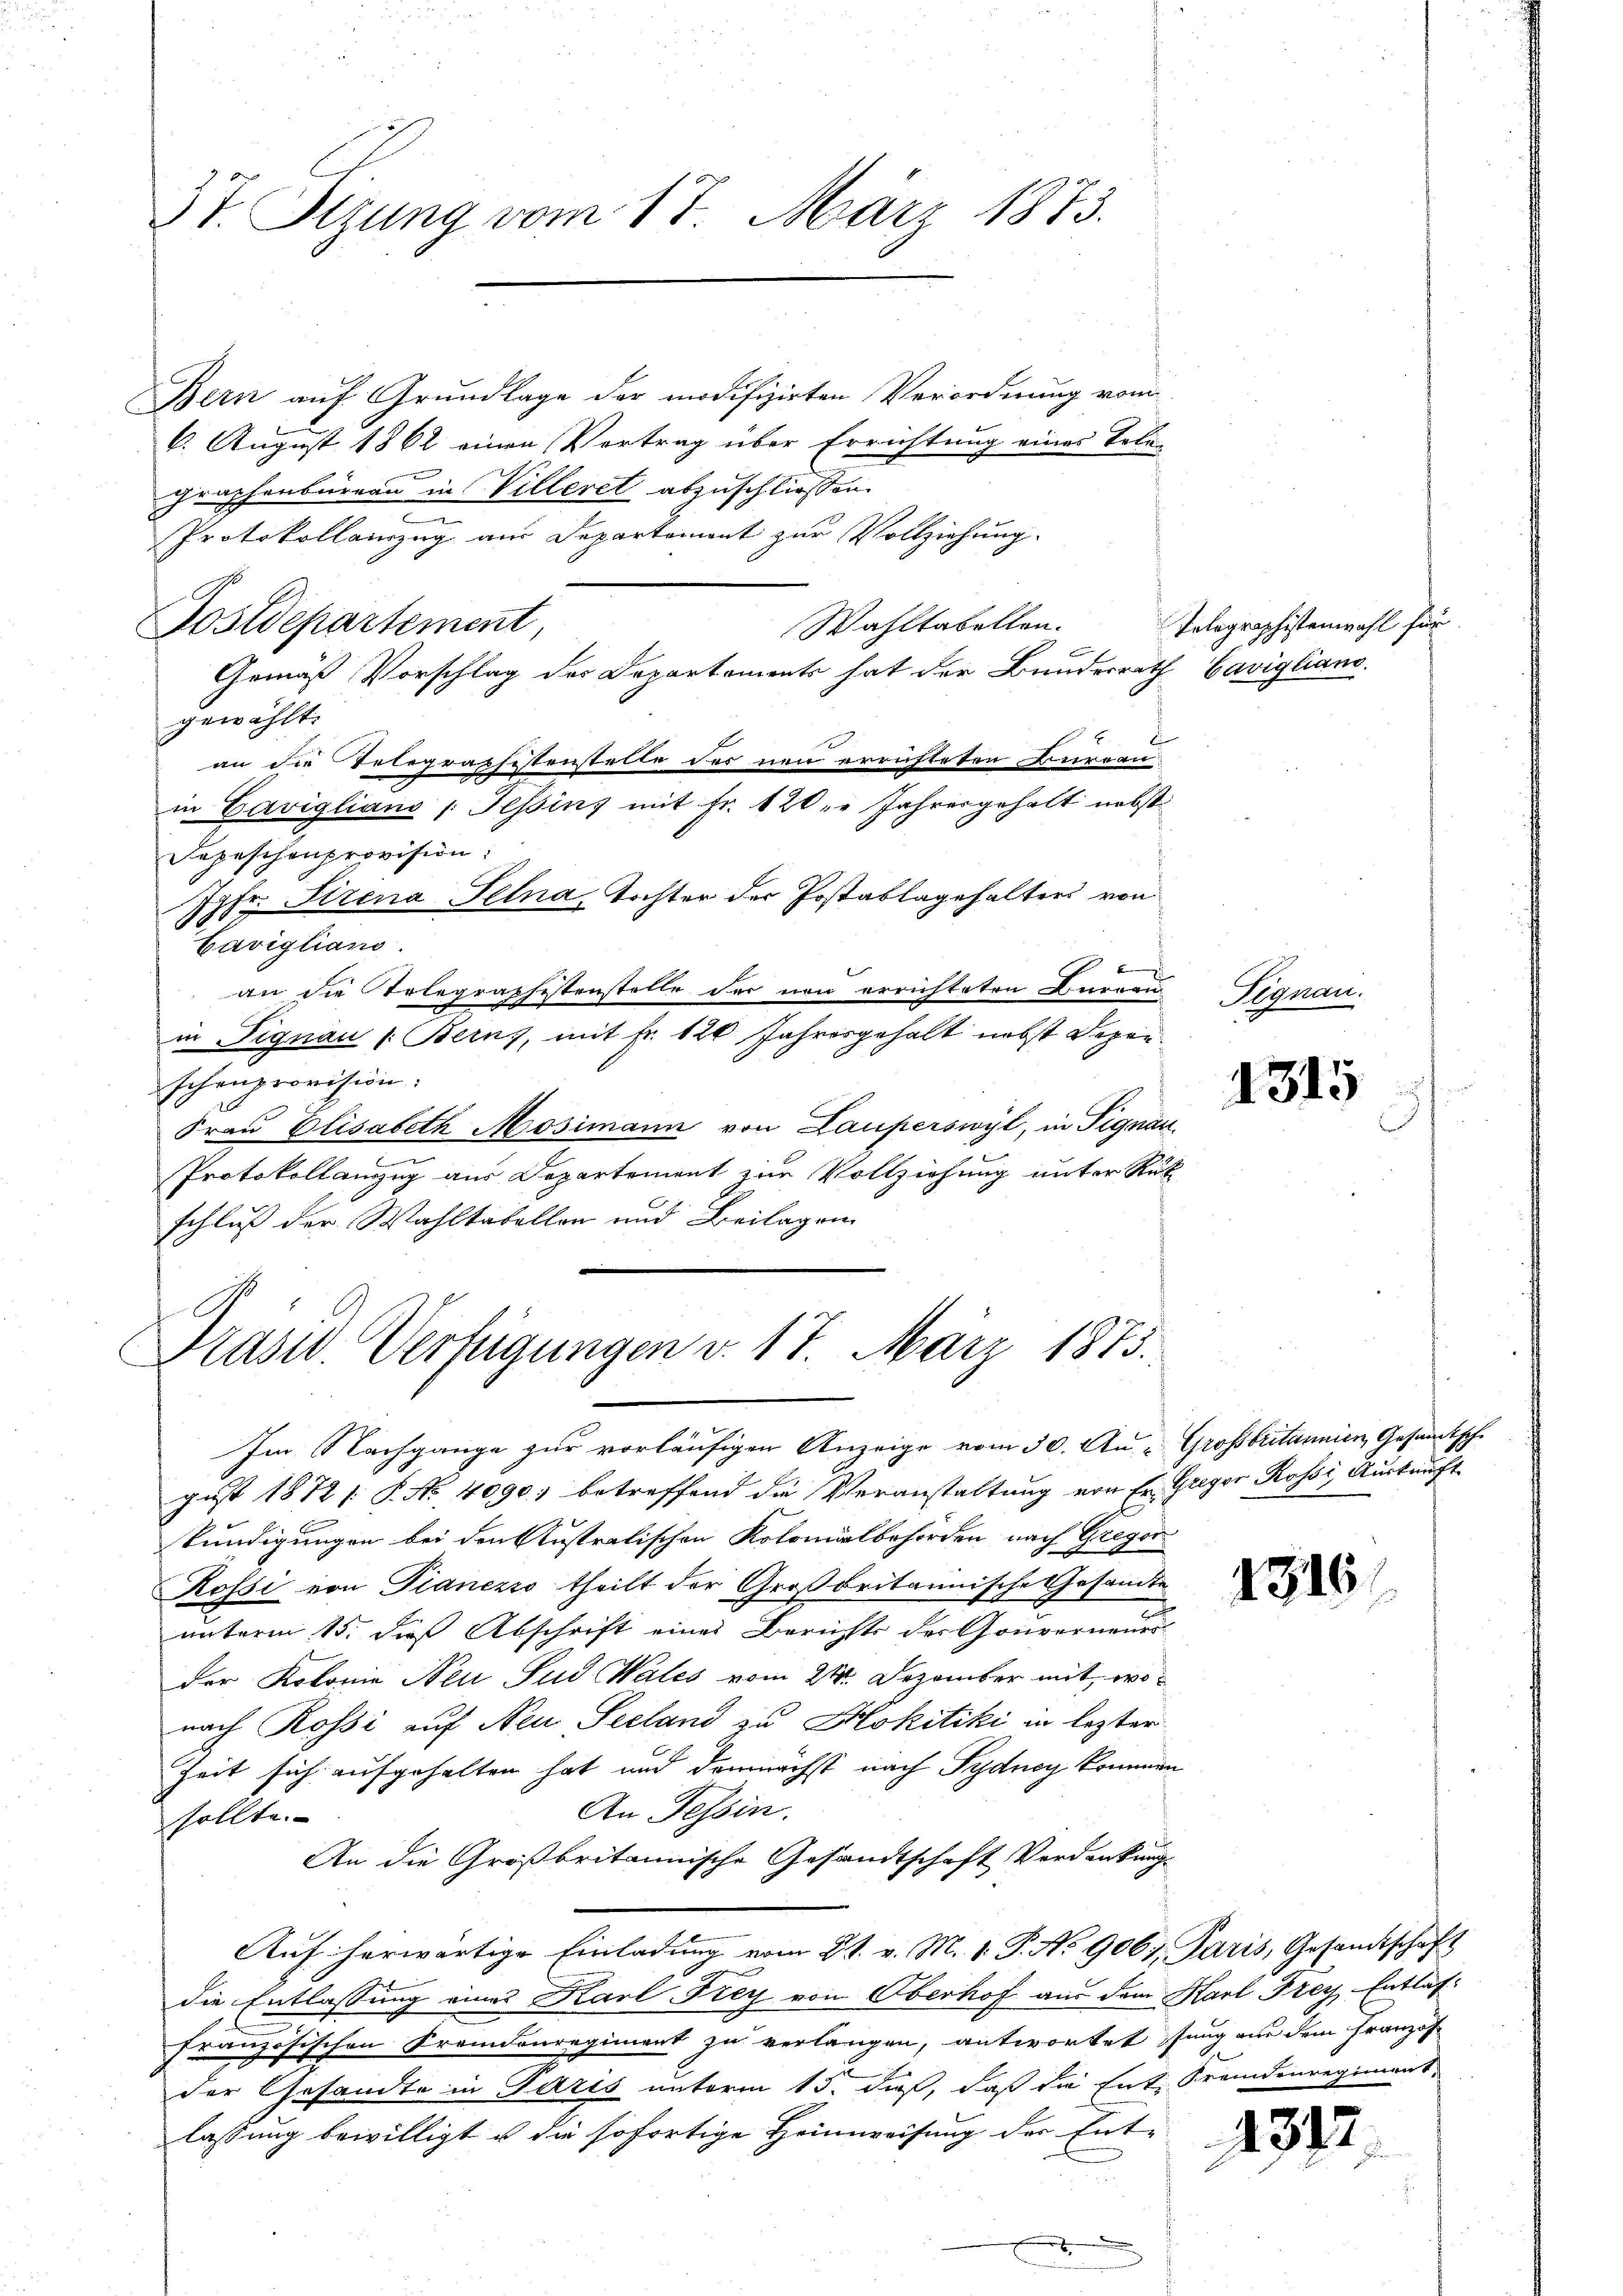
3t. Sizung vom 17. März 1873.

Bern auf Grundlage der modifizirten Verordnung von
6. August 1862 einen Vortrag über Errichtung eines Tolugraphenbürern in Villeret abzuschliessen.
d
Protokollenzug aus Departement zur Vollziehung.
Wahltabellen.

Gemäß Vorschlag der Departements hat der Bundesrath Savigliano.
gewählt.
an die Telegraphistenstelle des neu errüfteten Bureau
in Cavigliano /: Tessins mit Fr. 120. Jahresgehalt nebst
Depeschenprovision.
Jgfr. Firena Selna, Tochter der Postablagehalters von
Cavigliano.
an die Telegraphestenstelle der neu errichteten Burgau
in Fignau (Berns, mit Fr. 120 Jahresgehalt nebst Depenschenprovision.
Frau Elisabeth Mosimann von Lauperswyl, in Signan¬
Protokollanzug aus Departement zur Vollziehung unter Rük
schluß der Wahltabellen und Beilagen

Postdepartement,

Prasw. Verfügungen v. 17. März 1875.

Im Nachgange zur vorläufigen Anzeige vom 30. Au- Grossbritannien, Gesandtsche
gust 1811. P. Nr. 4090 betreffend die Veranstaltung von Er. Gregor Rossi, Auskunft
kundigungen bei den Austratischen Kolomälbehörden nach Gregor
Rossi von Pianezso theilt der Großbritannische Gesandte
unterm 15. dieß Abschrift eines Berichts des Gouverneues
der Kolonie Neu Jud Wales vom 21. Dezember mit, wonach Rossi auf Neu Seeland zu Mokitiki in lezter
Zeit sich aufgehalten hat und demnächst nach Pydney kommen
An Tessin.
sollte.
An die Großbritannische Gesandtschaft Verdankung.
Auf herwärtige Einladung vom 2t. v. M. 1. P. No 9067. Paris, Gesandtschaft
die Entlassung eines Karl Frey von Oberhof aus dem Karl Frey Entlasfranzösischen Fremdenregiment zu verlangen, antwortet sung an dem Französder Gesandte in Paris unterm 15. daß, daß die Ent Fremdenregiment
lassung bewilligt u die sofortige Heimweisung der Ent-

Tolographistenwahl für

Hegnau.

1315

1316

1312